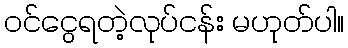
ဝင်ငွေရတဲ့လုပ်ငန်း မဟုတ်ပါ။